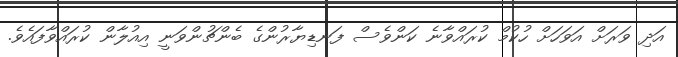
އަދި ވަރަށް އަވަހަށް ހުކުމް ކުރައްވާނެ ކަންވެސް ފަނޑިޔާރުންގެ ބެންޗުންވަނީ އިއުލާން ކުރައްވާފައެވެ.